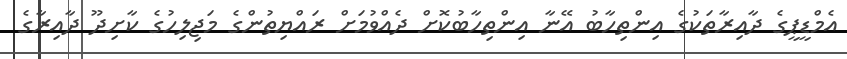
އެމްޑީޕީގެ ދާއިރާތަކުގެ އިންތިހާބު އޭނާ އިންތިހާބުކޮށް ދެއްވުމަށް ރައްޔިތުންގެ މަޖިލިހުގެ ކާށިދޫ ދާއިރާގެ